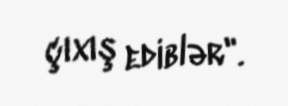
çıxış ediblər".